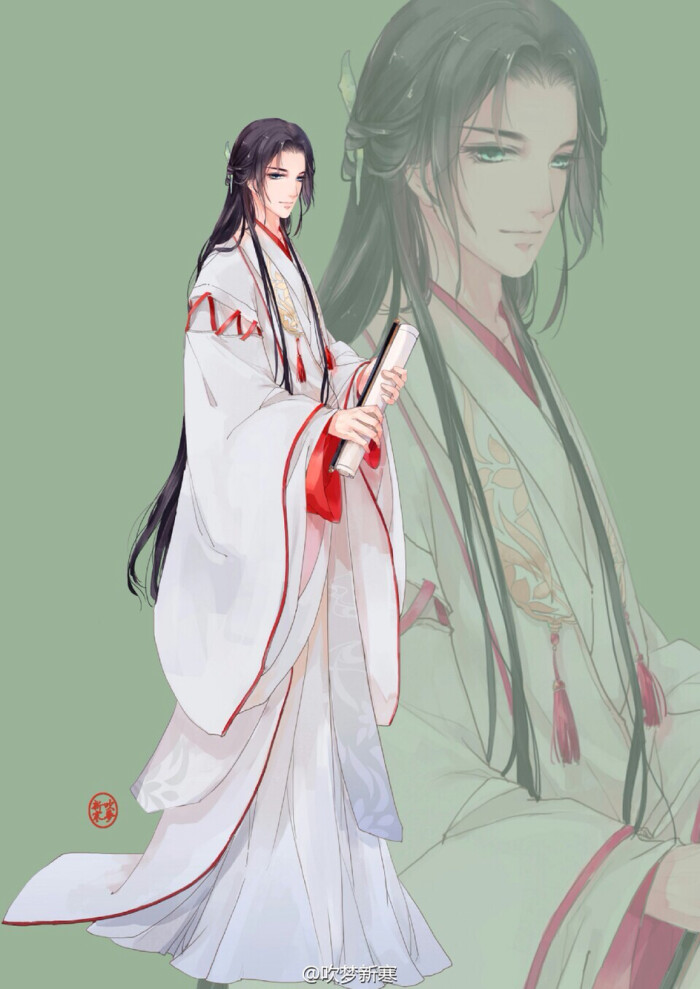
汉将归来虏塞空，旌旗初下玉关东。